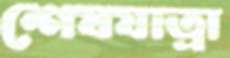
শেষযাত্রা